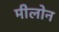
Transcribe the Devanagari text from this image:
मीलोन